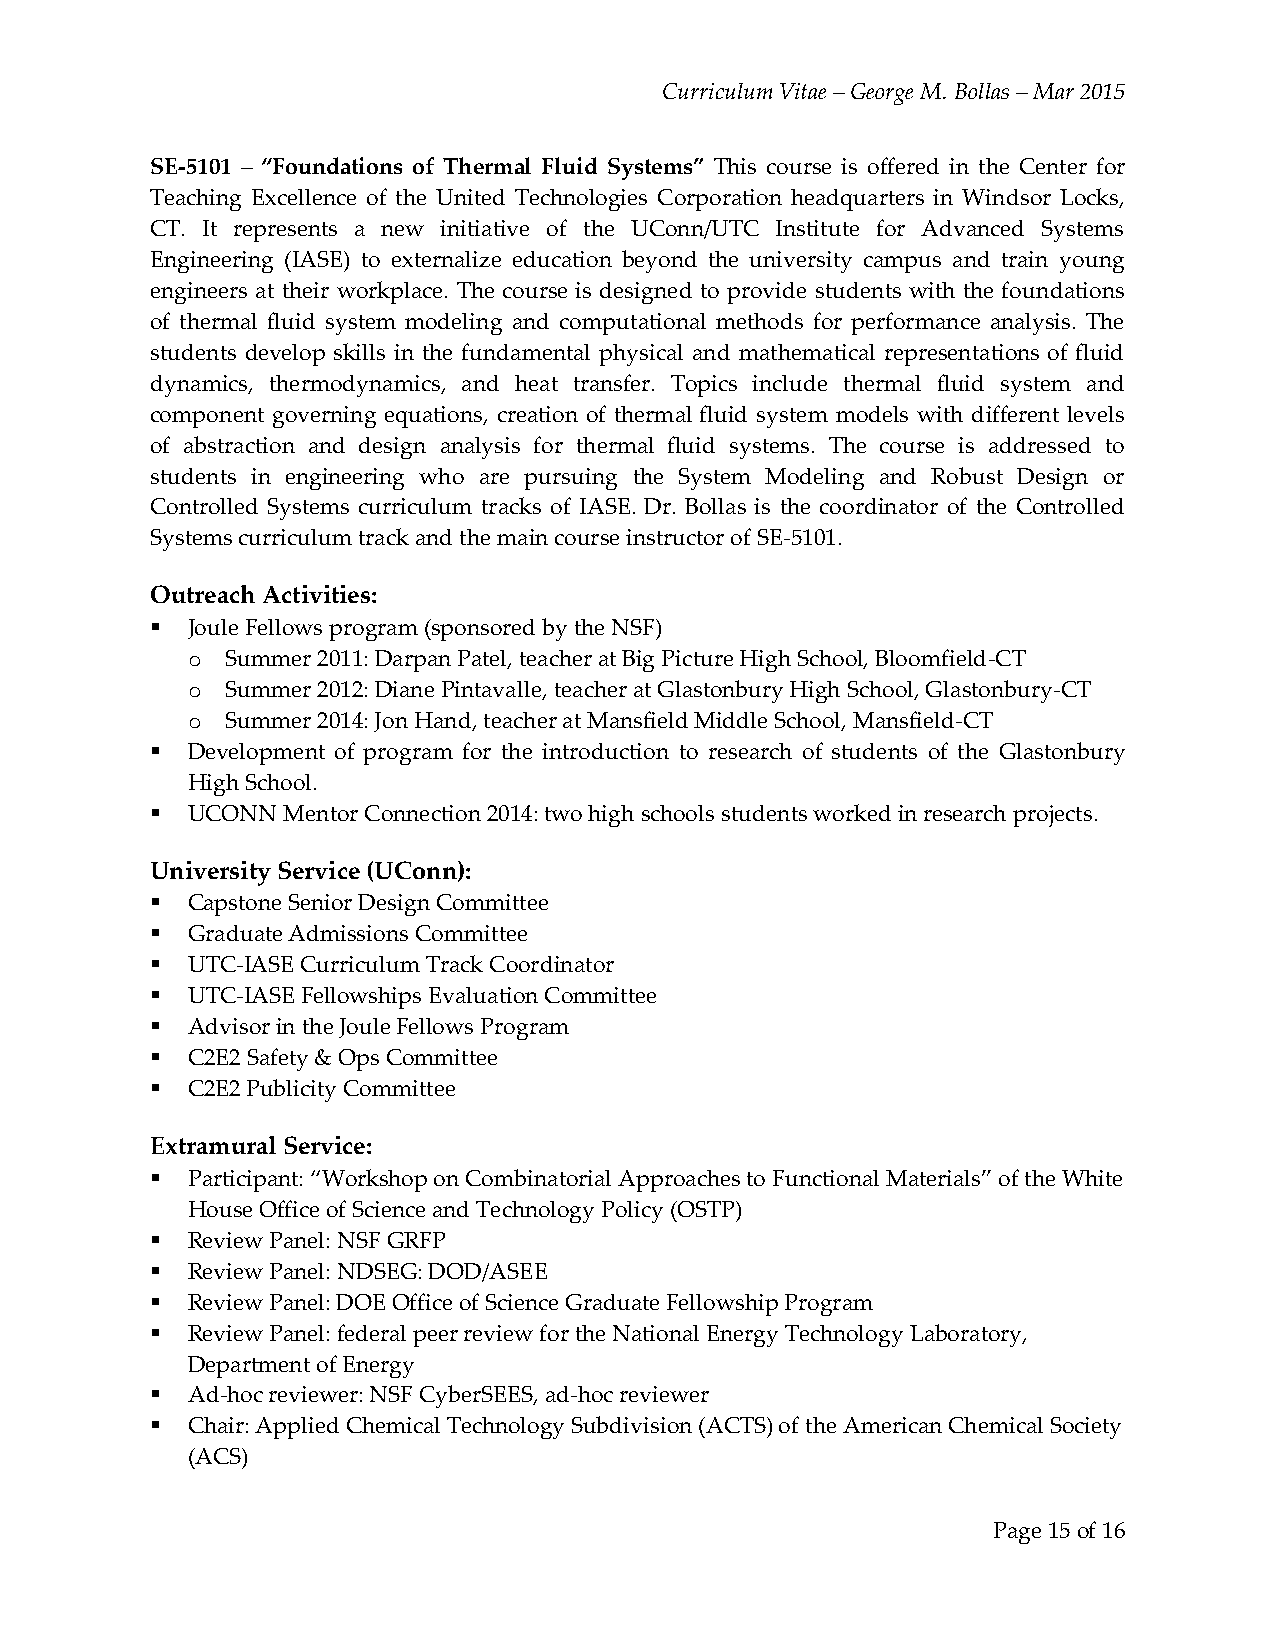
Curriculum Vitae – George M. Bollas – Mar 2015
 SE-5101 – “Foundations of Thermal Fluid Systems” This course is offered in the Center for
 Teaching Excellence of the United Technologies Corporation headquarters in Windsor Locks,
 CT. It represents a new initiative of the UConn/UTC Institute for Advanced Systems
 Engineering (IASE) to externalize education beyond the university campus and train young
 engineers at their workplace. The course is designed to provide students with the foundations
 of thermal fluid system modeling and computational methods for performance analysis. The
 students develop skills in the fundamental physical and mathematical representations of fluid
 dynamics, thermodynamics, and heat transfer. Topics include thermal fluid system and
 component governing equations, creation of thermal fluid system models with different levels
 of abstraction and design analysis for thermal fluid systems. The course is addressed to
 students in engineering who are pursuing the System Modeling and Robust Design or
 Controlled Systems curriculum tracks of IASE. Dr. Bollas is the coordinator of the Controlled
 Systems curriculum track and the main course instructor of SE-5101.
 Outreach Activities:
  Joule Fellows program (sponsored by the NSF)
 o  Summer 2011: Darpan Patel, teacher at Big Picture High School, Bloomfield-CT
 o  Summer 2012: Diane Pintavalle, teacher at Glastonbury High School, Glastonbury-CT
 o  Summer 2014: Jon Hand, teacher at Mansfield Middle School, Mansfield-CT
  Development of program for the introduction to research of students of the Glastonbury
 High School.
  UCONN  Mentor Connection 2014: two high schools students worked in research projects.
 University Service (UConn):
  Capstone Senior Design Committee
  Graduate Admissions Committee
  UTC-IASE Curriculum Track Coordinator
  UTC-IASE Fellowships Evaluation Committee
  Advisor in the Joule Fellows Program
  C2E2 Safety & Ops Committee
  C2E2 Publicity Committee
 Extramural Service:
  Participant: “Workshop on Combinatorial Approaches to Functional Materials” of the White
 House Office of Science and Technology Policy (OSTP)
  Review Panel: NSF GRFP
  Review Panel: NDSEG: DOD/ASEE
  Review Panel: DOE Office of Science Graduate Fellowship Program
  Review Panel: federal peer review for the National Energy Technology Laboratory,
 Department of Energy
  Ad-hoc reviewer: NSF CyberSEES, ad-hoc reviewer
  Chair: Applied Chemical Technology Subdivision (ACTS) of the American Chemical Society
 (ACS)
 Page 15 of 16